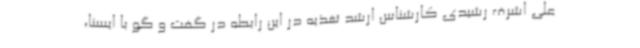
علی اشرف رشیدی کارشناس ارشد تغذیه در این رابطه در گفت و گو با ایسنا،